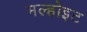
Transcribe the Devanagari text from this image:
मल्होइट